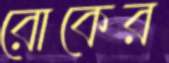
রোকের